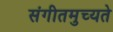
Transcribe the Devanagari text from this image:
संगीतमुच्यते